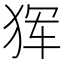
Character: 𰡋